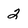
Character: 2